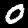
Digit: 0